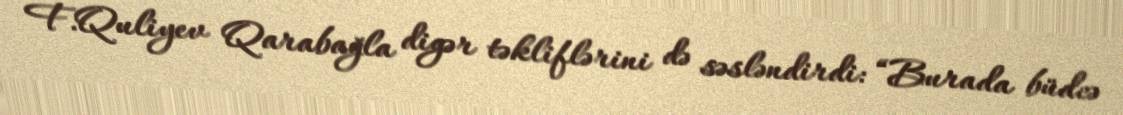
F.Quliyev Qarabağla digər təkliflərini də səsləndirdi: “Burada büdcə